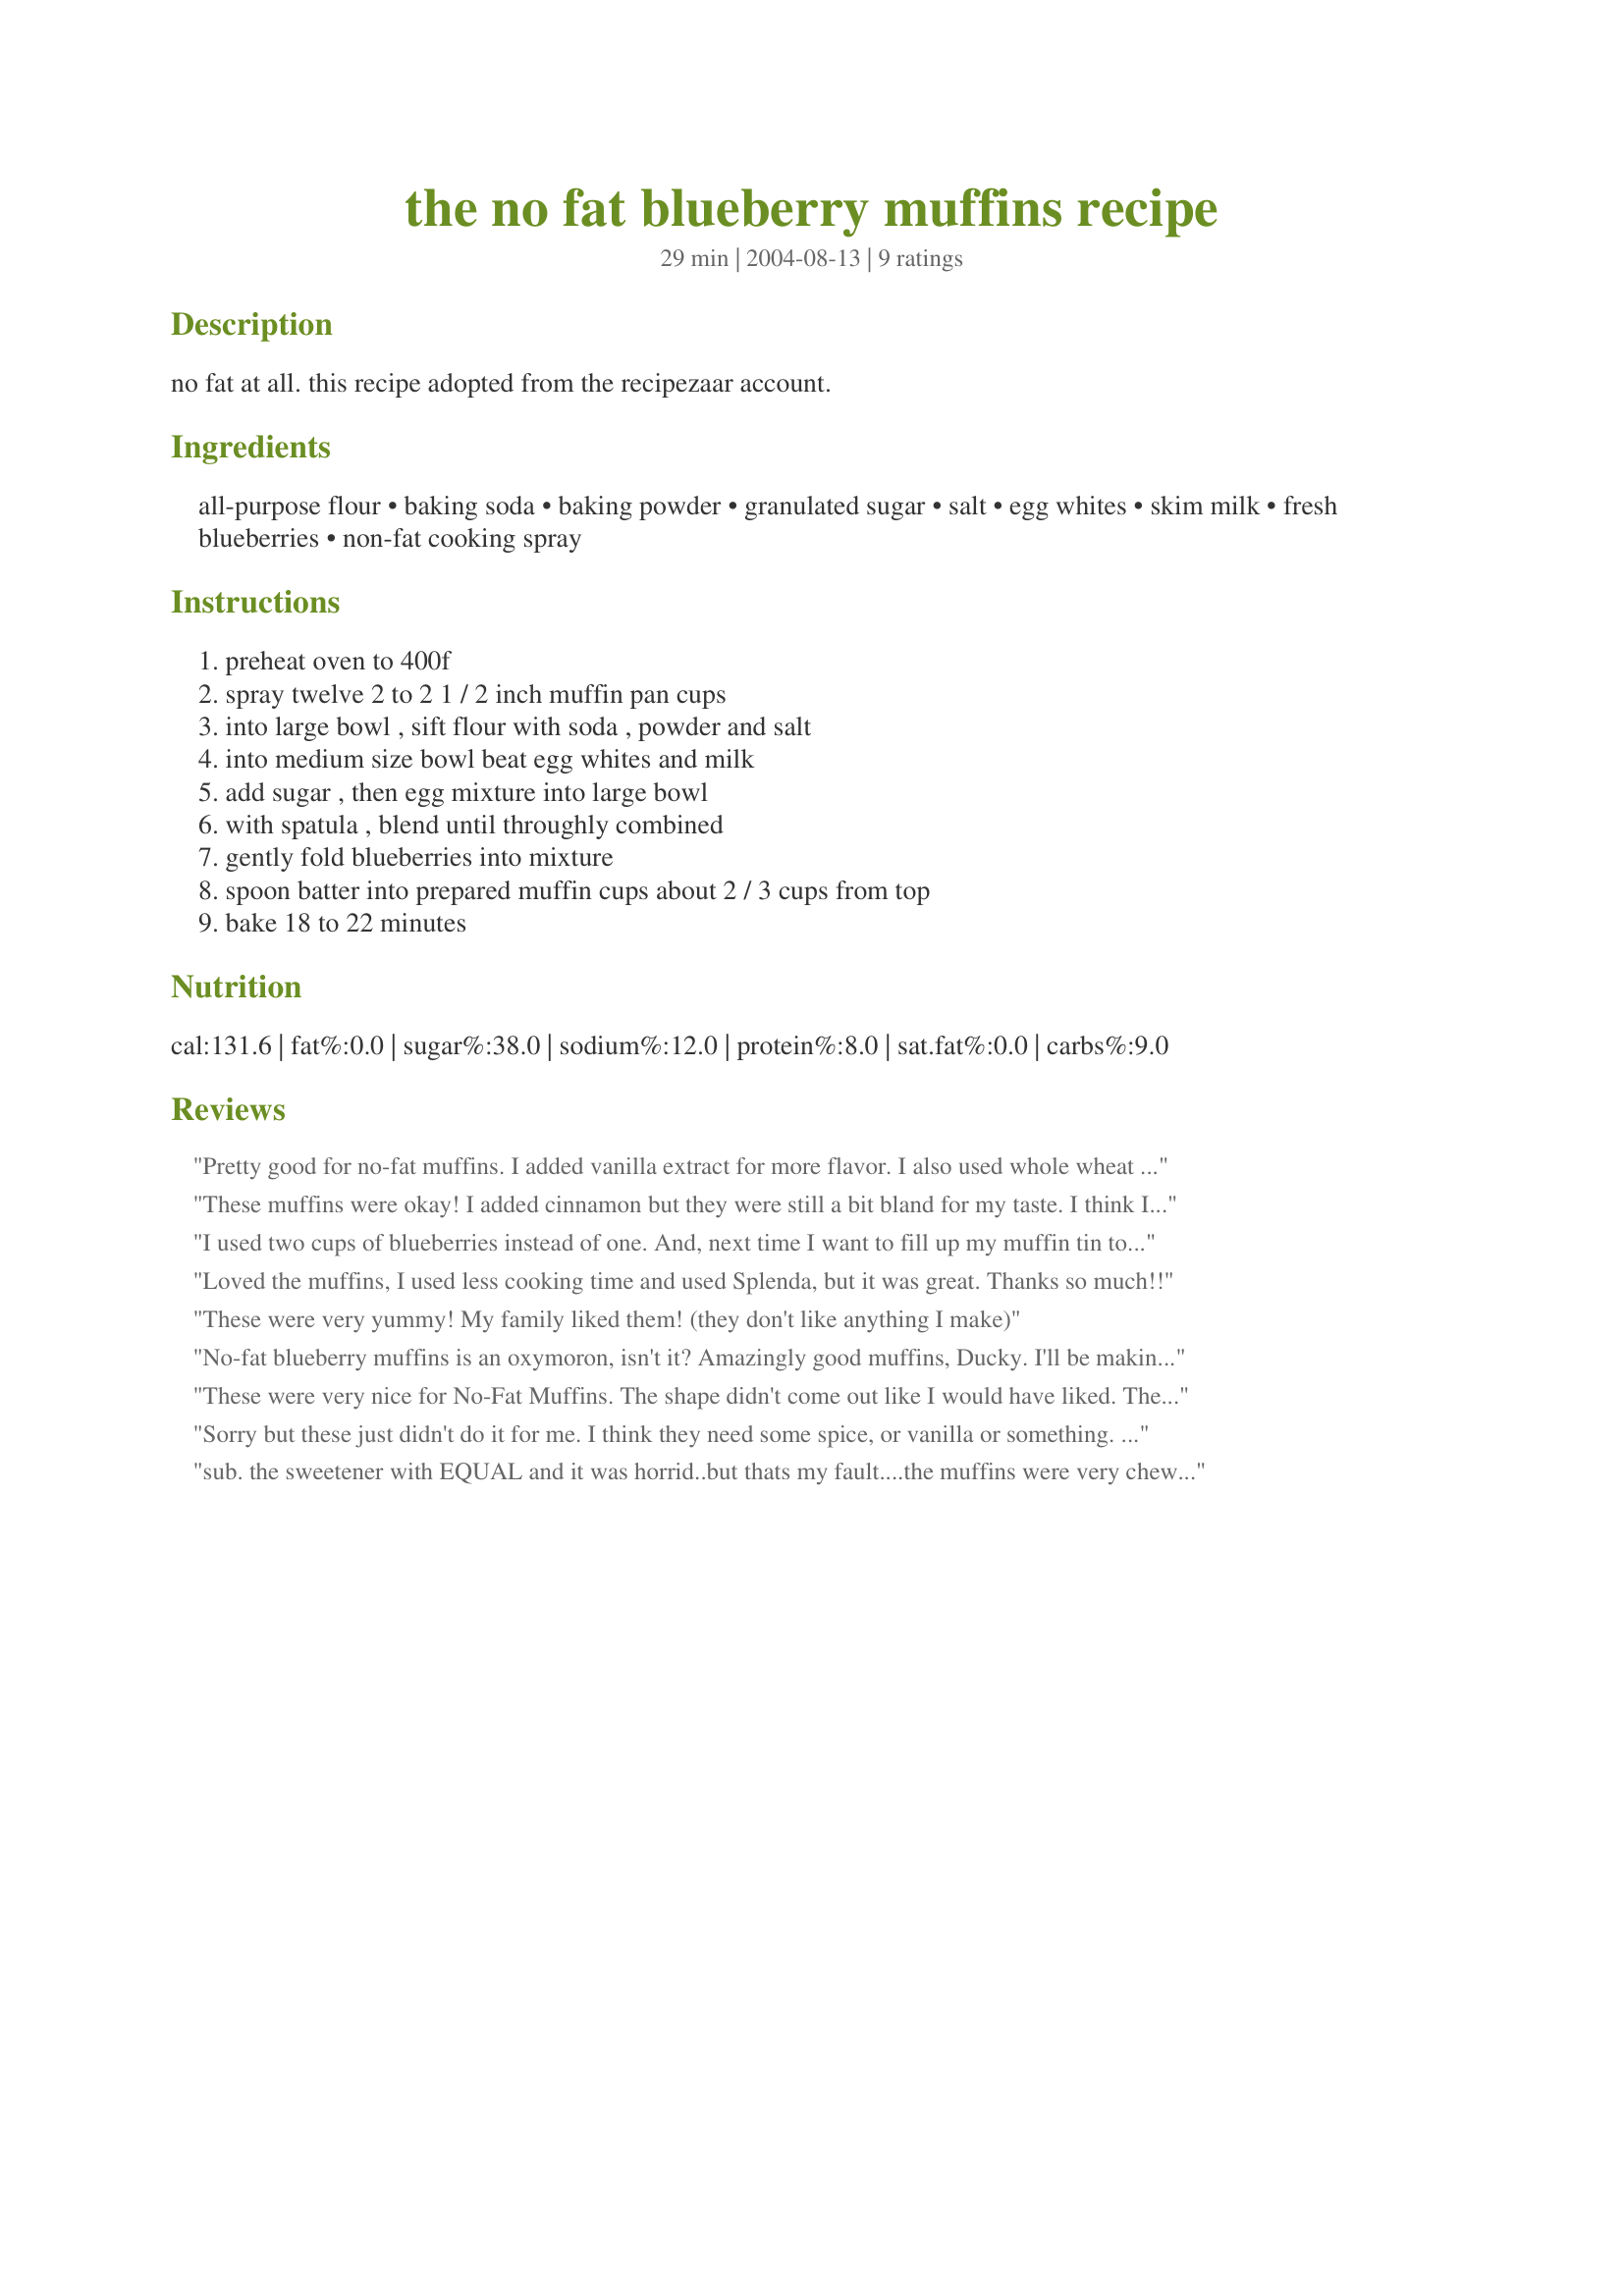
the no fat blueberry muffins recipe
Preparation time: 29 minutes

no fat at all. this recipe adopted from the recipezaar account.

Ingredients:
all-purpose flour, baking soda, baking powder, granulated sugar, salt, egg whites, skim milk, fresh blueberries, non-fat cooking spray

Steps:
preheat oven to 400f, spray twelve 2 to 2 1 / 2 inch muffin pan cups, into large bowl , sift flour with soda , powder and salt, into medium size bowl beat egg whites and milk, add sugar , then egg mixture into large bowl, with spatula , blend until throughly combined, gently fold blueberries into mixture, spoon batter into prepared muffin cups about 2 / 3 cups from top, bake 18 to 22 minutes

Reviews:
Pretty good for no-fat muffins. I added vanilla extract for more flavor. I also used whole wheat flower and extra blueberries. It could have used a little more sugar. Otherwise, my family enjoyed them. The prep time was only a few minutes. The recipe ended up making 18 muffins.
These muffins were okay! I added cinnamon but they were still a bit bland for my taste. I think I would add more spices if I made them again. I love how quick and easy this recipe is!
I used two cups of blueberries instead of one. And, next time I want to fill up my muffin tin to the top to make bigger muffins. I also used less cooking time. I really enjoyed this recipe. Thanks. They taste just like the McDonald's low fat muffins!!
Loved the muffins, I used less cooking time and used Splenda, but it was great. Thanks so much!!
These were very yummy! My family liked them! (they don't like anything I make)
No-fat blueberry muffins is an oxymoron, isn't it? Amazingly good muffins, Ducky. I'll be making htese again.
These were very nice for No-Fat Muffins. The shape didn't come out like I would have liked. They were a little pointed at the top but the taste of the muffin was really good. Thanks Ducky.
Sorry but these just didn't do it for me. I think they need some spice, or vanilla or something. Thanks for posting however.
sub. the sweetener with EQUAL and it was horrid..but thats my fault....the muffins were very chewy and just not something I enjoyed eating
